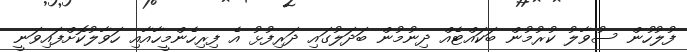
ފުލުހުން ސުވާލު ކުރުމުން ބަކައްޓެއް ދިނުމުން ބަދަލުގައި ދަރިފުޅު އެ ފިރިހެންމީހާއާއި ހަވާލުކޮށްފައިވަނީ